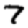
Digit: 7